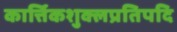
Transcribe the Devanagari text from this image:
कार्त्तिकशुक्लप्रतिपदि